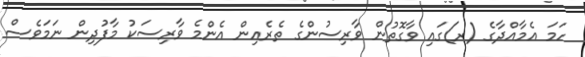
ހަމަ އެމާއްދާގެ (ރ)ގައި ވާގޮތުން ވާރިސުންގެ ތެރެއިން އެންމެ ވާރިސަކު މާފުދިން ނަމަވެސް